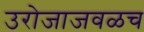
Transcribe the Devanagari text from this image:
उरोजाजवळच